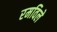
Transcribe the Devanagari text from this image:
रमविले